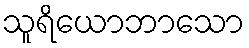
သူရိယောဘာသော